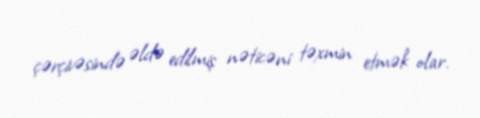
çərçivəsində əldə edilmiş nəticəni təxmin etmək olar.